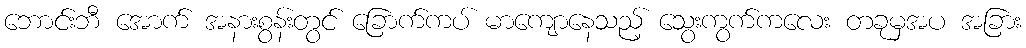
ဘောင်းဘီ အောက် အနားစွန်းတွင် ခြောက်ကပ် မာကျောနေသည့် သွေးကွက်ကလေး တခုမှအပ အခြား